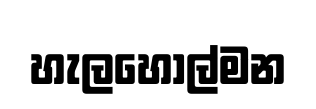
හැලහොල්මන